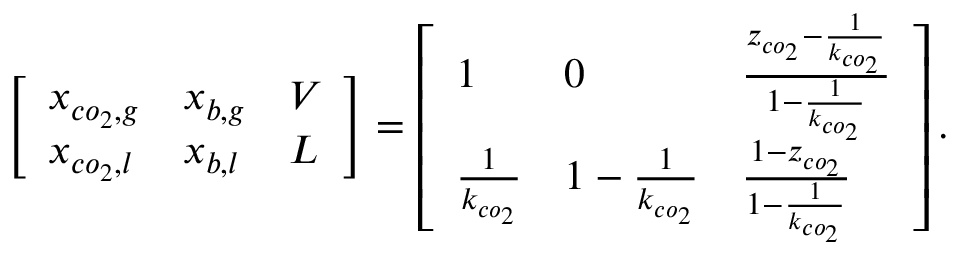
\left[ \begin{array} { l l l } { x _ { c o _ { 2 } , g } } & { x _ { b , g } } & { V } \\ { x _ { c o _ { 2 } , l } } & { x _ { b , l } } & { L } \end{array} \right] = \left[ \begin{array} { l l l } { 1 } & { 0 } & { \frac { z _ { c o _ { 2 } } - \frac { 1 } { k _ { c o _ { 2 } } } } { 1 - \frac { 1 } { k _ { c o _ { 2 } } } } } \\ { \frac { 1 } { k _ { c o _ { 2 } } } } & { 1 - \frac { 1 } { k _ { c o _ { 2 } } } } & { \frac { 1 - z _ { c o _ { 2 } } } { 1 - \frac { 1 } { k _ { c o _ { 2 } } } } } \end{array} \right] .